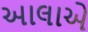
આલાએ